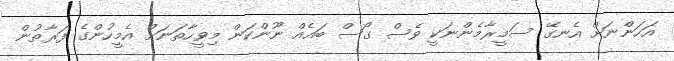
އަހަންނަށް އެނގޭ ސަމީރާމެންނަކީ ވެސް ގޯސް ބައެއް ނޫންކަން މިވީހާތަނަށް އެމީހުންގެ ފަރާތުން